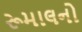
રૂમાલનો